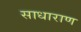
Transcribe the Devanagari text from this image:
साधाराण